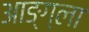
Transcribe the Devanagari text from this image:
आङ्ग्ला